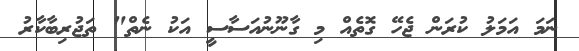
ނަމަ އަމަލު ކުރަން ޖެހޭ ގޮތެއް މި ގާނޫނުއަސާސީ އަކު ނެތް" ތަޖުރިބާކާރު